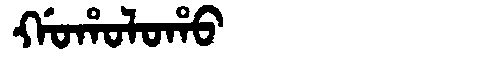
Manchu: ᡤᠣᡥᠣᠯᠣᡥᠣ
Romanization: GOHOLOHO